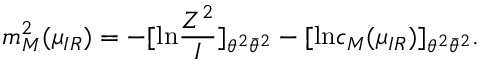
m _ { M } ^ { 2 } ( \mu _ { I R } ) = - [ \mathrm { l n } \frac { Z ^ { 2 } } { I } ] _ { \theta ^ { 2 } \bar { \theta } ^ { 2 } } - [ \mathrm { l n } c _ { M } ( \mu _ { I R } ) ] _ { \theta ^ { 2 } \bar { \theta } ^ { 2 } } .